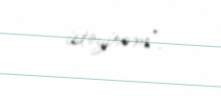
istəyirəm".